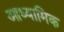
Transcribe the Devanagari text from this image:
आध्‍यामिक